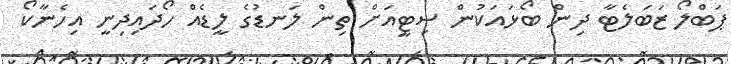
ޕަބްލޯ ޒަބަލެޓާ ދިން ބޯޅައަކުން ސިޓީއަށް ތިން ލަނޑުގެ ލީޑެއް ހޯދައިދިނީ އިހެނާކޯ